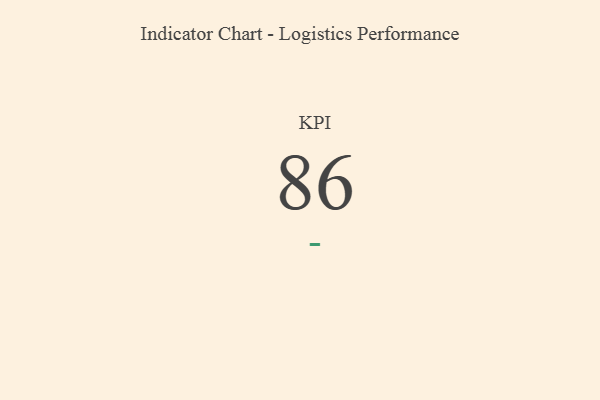
{"axis": {"x": "KPI", "y": "Value"}, "legend": [""], "data": [{"x": "KPI", "y": 86, "type": ""}]}